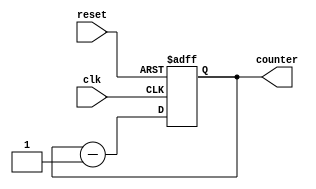
`timescale 1ns / 1ps
//////////////////////////////////////////////////////////////////////////////////
// Company: 
// Engineer: 
// 
// Design Name: 
// Module Name: Four_Bir_Async_D_Counter
// Project Name: 
// Target Devices: 
// Tool Versions: 
// Description: 
// 
// Dependencies: 
// 
// Revision:
// Revision 0.01 - File Created
// Additional Comments:
// 
//////////////////////////////////////////////////////////////////////////////////


module Four_Bir_Async_D_Counter(
    input clk,
    input reset,
    output reg [3:0] counter
    );
    always @(posedge reset or posedge clk) begin
        if(reset) begin
            counter <= 4'b1111;
        end else begin
            counter <= counter - 1;
        end
    end
endmodule